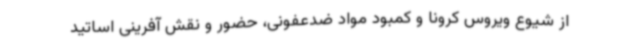
از شیوع ویروس کرونا و کمبود مواد ضدعفونی، حضور و نقش آفرینی اساتید